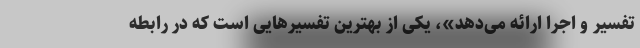
تفسیر و اجرا ارائه می‌دهد»، یکی از بهترین تفسیرهایی است که در رابطه